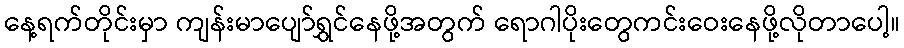
နေ့ရက်တိုင်းမှာ ကျန်းမာပျော်ရွှင်နေဖို့အတွက် ရောဂါပိုးတွေကင်းဝေးနေဖို့လိုတာပေါ့။